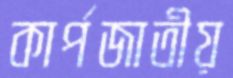
কার্পজাতীয়